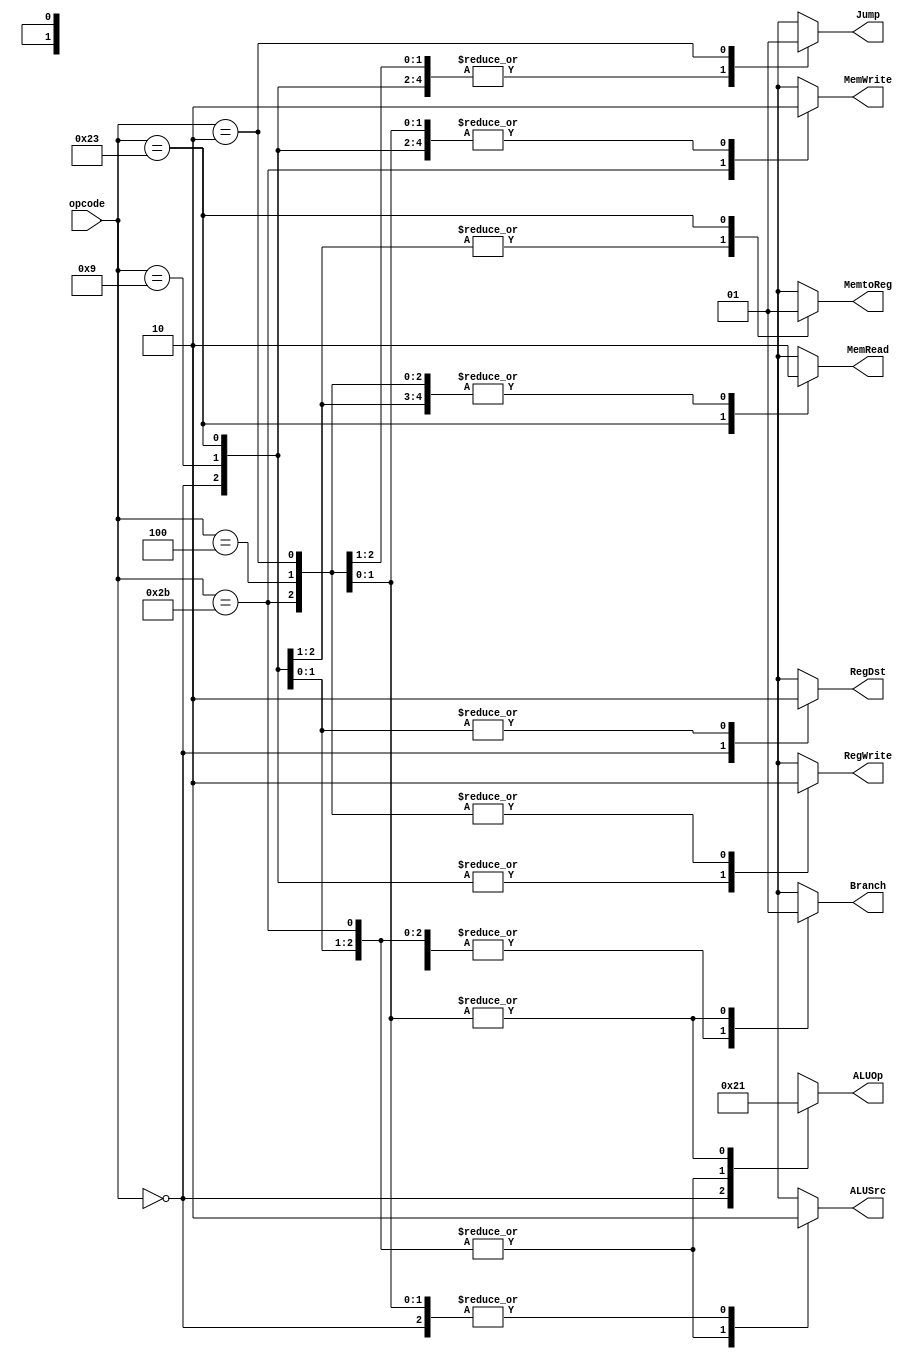
/*
	Title: MIPS Single-Cycle Control Unit
	Editor: Selene (Computer System and Architecture Lab, ICE, CYCU)
	
	Input Port
		1. opcode: 
	Output Port
		1. RegDst: RFMUX
		2. ALUSrc: ALUMUX
		3. MemtoReg: WRMUX
		4. RegWrite: 
		5. MemRead:  
		6. MemWrite: 
		7. Branch: ALUzeroANDPCMUX
		8. ALUOp: ALU Control
*/
module control_single( opcode, RegDst, ALUSrc, MemtoReg, RegWrite, 
					   MemRead, MemWrite, Branch, Jump, ALUOp);
	input[5:0] opcode;
	output RegDst, ALUSrc, MemtoReg, RegWrite, MemRead, MemWrite, Branch, Jump;
	output[1:0] ALUOp;
	reg RegDst, ALUSrc, MemtoReg, RegWrite, MemRead, MemWrite, Branch, Jump;
	reg[1:0] ALUOp;

	parameter R_FORMAT = 6'd0;
	parameter ADDIU = 6'd9;
	parameter LW = 6'd35;
	parameter SW = 6'd43;
	parameter BEQ = 6'd4;
	parameter J = 6'd2;

	always @( opcode ) begin
		case ( opcode )
			R_FORMAT : 
				begin
					RegDst = 1'b1; ALUSrc = 1'b0; MemtoReg = 1'b0; RegWrite = 1'b1; MemRead = 1'b0; 
					MemWrite = 1'b0; Branch = 1'b0; Jump = 1'b0; ALUOp = 2'b10;
				end
			ADDIU :
				begin
					RegDst = 1'b0; ALUSrc = 1'b1; MemtoReg = 1'b0; RegWrite = 1'b1; MemRead = 1'b0; 
					MemWrite = 1'b0; Branch = 1'b0; Jump = 1'b0; ALUOp = 2'b00;
				end
			LW :
				begin
					RegDst = 1'b0; ALUSrc = 1'b1; MemtoReg = 1'b1; RegWrite = 1'b1; MemRead = 1'b1; 
					MemWrite = 1'b0; Branch = 1'b0; Jump = 1'b0; ALUOp = 2'b00;
				end
			SW :
				begin
					RegDst = 1'bx; ALUSrc = 1'b1; MemtoReg = 1'bx; RegWrite = 1'b0; MemRead = 1'b0; 
					MemWrite = 1'b1; Branch = 1'b0; Jump = 1'b0; ALUOp = 2'b00;
				end
			BEQ :
				begin
					RegDst = 1'bx; ALUSrc = 1'b0; MemtoReg = 1'bx; RegWrite = 1'b0; MemRead = 1'b0; 
					MemWrite = 1'b0; Branch = 1'b1; Jump = 1'b0; ALUOp = 2'b01;
				end
			J :
				begin
					RegDst = 1'bx; ALUSrc = 1'b0; MemtoReg = 1'bx; RegWrite = 1'b0; MemRead = 1'b0; 
					MemWrite = 1'b0; Branch = 1'b1; Jump = 1'b1; ALUOp = 2'b01;
				end
			default
				begin
					$display("control_single unimplemented opcode %d", opcode);
					RegDst=1'bx; ALUSrc=1'bx; MemtoReg=1'bx; RegWrite=1'bx; MemRead=1'bx; 
					MemWrite=1'bx; Branch=1'bx; Jump = 1'bx; ALUOp = 2'bxx;
				end

		endcase
	end
endmodule